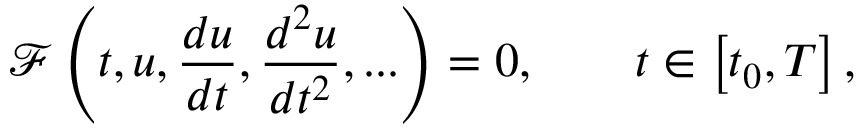
\mathcal { F } \left( t , u , \frac { d u } { d t } , \frac { d ^ { 2 } u } { d t ^ { 2 } } , . . . \right) = 0 , \ \ \ \ \ \ t \in \left[ t _ { 0 } , T \right] ,